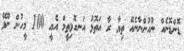
ޑޮންޑޮނެއް ނުހުންނާނެއޭ ތިޔާ ރާ އަތޮޅު އަނގޮޅިތީމް އެއީ 100 މީހުން ނޫޅޭ